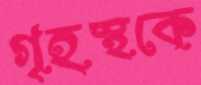
গৃহস্থকে